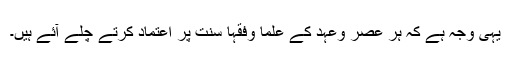
یہی وجہ ہے کہ ہر عصر وعہد کے علما وفقہا سنت پر اعتماد کرتے چلے آئے ہیں۔